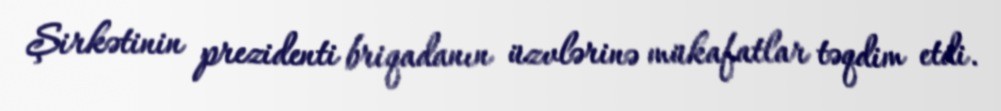
Şirkətinin prezidenti briqadanın üzvlərinə mükafatlar təqdim etdi.